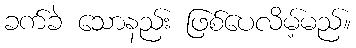
ခက်ခဲ သောနည်း ဖြစ်ပေလိမ့်မည်။